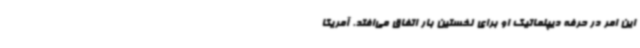
این امر در حرفه دیپلماتیک او برای نخستین بار اتفاق می‌افتد. آمریکا